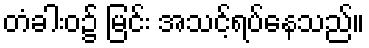
တံခါးဝ၌ မြင်း အသင့်ရပ်နေသည်။